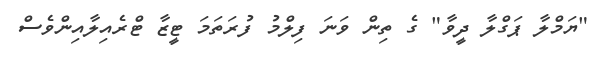
"ޔަމްލާ ޕަގްލާ ދީވާ" ގެ ތިން ވަނަ ފިލްމު ފުރަތަމަ ޓީޒާ ޓްރެއިލާއިންވެސް